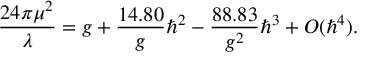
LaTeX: { \frac { 2 4 \pi \mu ^ { 2 } } { \lambda } } = g + { \frac { 1 4 . 8 0 } { g } } \hbar ^ { 2 } - { \frac { 8 8 . 8 3 } { g ^ { 2 } } } \hbar ^ { 3 } + O ( \hbar ^ { 4 } ) .